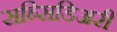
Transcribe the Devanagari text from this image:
सब्सिडिअरी